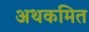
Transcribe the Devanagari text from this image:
अथकमित